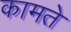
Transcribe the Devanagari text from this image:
कामते